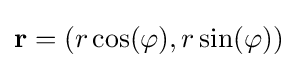
\mathbf {r} =(r\cos(\varphi ),r\sin(\varphi ))